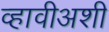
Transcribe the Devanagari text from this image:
व्हावीअशी